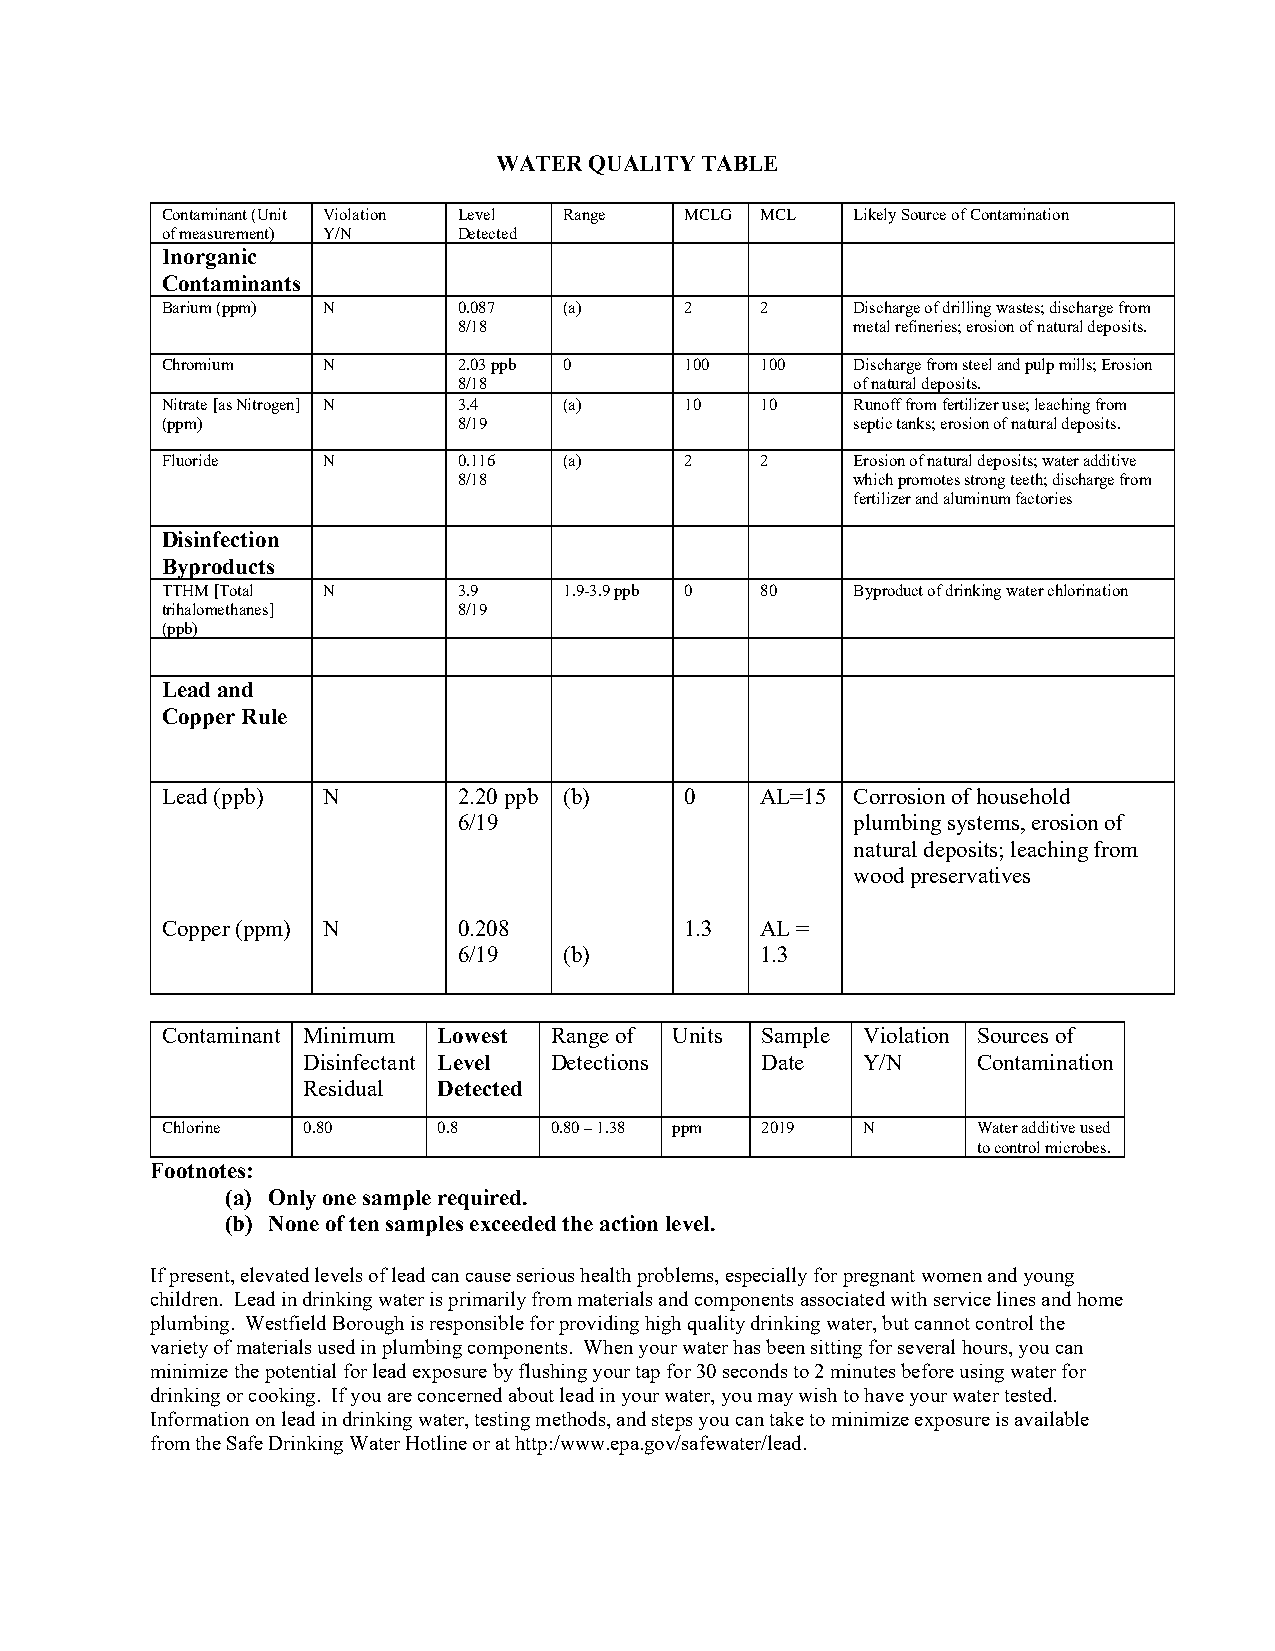
WATER QUALITY TABLE
 Contaminant (Unit Violation Level Range MCLG MCL Likely Source of Contamination
 of measurement) Y/N Detected
 Inorganic
 Contaminants
 Barium (ppm) N     0.087  (a)     2    2      Discharge of drilling wastes; discharge from
 8/18                       metal refineries; erosion of natural deposits.
 Chromium  N        2.03 ppb 0     100  100    Discharge from steel and pulp mills; Erosion
 8/18                       of natural deposits.
 Nitrate [as Nitrogen] N 3.4 (a)   10   10     Runoff from fertilizer use; leaching from
 (ppm)              8/19                       septic tanks; erosion of natural deposits.
 Fluoride  N        0.116  (a)     2    2      Erosion of natural deposits; water additive
 8/18                       which promotes strong teeth; discharge from
 fertilizer and aluminum factories
 Disinfection
 Byproducts
 TTHM [Total N      3.9    1.9-3.9 ppb 0 80    Byproduct of drinking water chlorination
 trihalomethanes]   8/19
 (ppb)
 Lead and
 Copper Rule
 Lead (ppb) N       2.20 ppb (b)   0    AL=15  Corrosion of household
 6/19                       plumbing systems, erosion of
 natural deposits; leaching from
 wood preservatives
 Copper (ppm) N     0.208          1.3  AL =
 6/19   (b)          1.3
 Contaminant Minimum Lowest Range of Units Sample Violation Sources of
 Disinfectant Level Detections Date   Y/N     Contamination
 Residual Detected
 Chlorine 0.80     0.8    0.80 – 1.38 ppm 2019 N       Water additive used
 to control microbes.
 Footnotes:
 (a) Only one sample required.
 (b) None of ten samples exceeded the action level.
 If present, elevated levels of lead can cause serious health problems, especially for pregnant women and young
 children. Lead in drinking water is primarily from materials and components associated with service lines and home
 plumbing. Westfield Borough is responsible for providing high quality drinking water, but cannot control the
 variety of materials used in plumbing components. When your water has been sitting for several hours, you can
 minimize the potential for lead exposure by flushing your tap for 30 seconds to 2 minutes before using water for
 drinking or cooking. If you are concerned about lead in your water, you may wish to have your water tested.
 Information on lead in drinking water, testing methods, and steps you can take to minimize exposure is available
 from the Safe Drinking Water Hotline or at http:/www.epa.gov/safewater/lead.